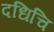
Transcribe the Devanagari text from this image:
दधिचि